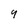
Character: y